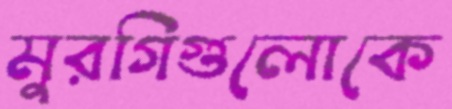
মুরগিগুলোকে